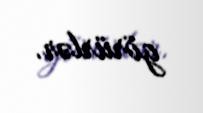
görürlər.